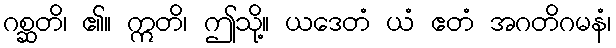
ဂစ္ဆတိ၊ ၏။ ဣတိ၊ ဤသို့။ ယဒေတံ ယံ ဧတံ အဂတိဂမနံ၊